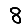
Digit: 8